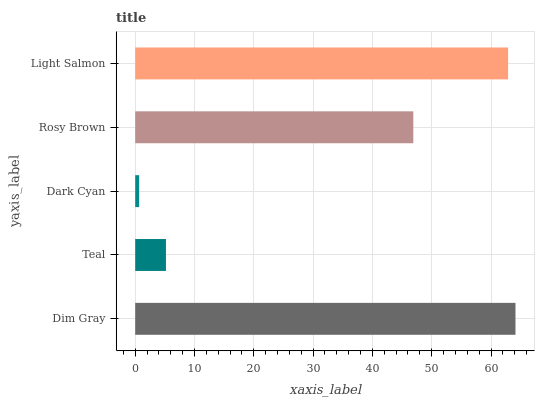
| yaxis_label | bars |
 | --- | --- |
 | Dim Gray | 64.1 |
 | Teal | 5.18 |
 | Dark Cyan | 0.663 |
 | Rosy Brown | 46.9 |
 | Light Salmon | 62.9 |